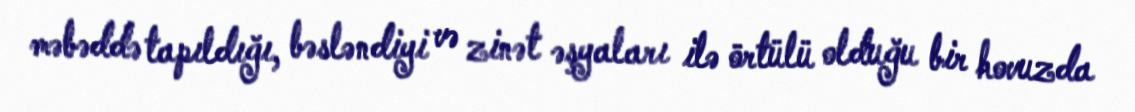
məbəddə tapıldığı, bəsləndiyi və zinət əşyaları ilə örtülü olduğu bir hovuzda